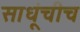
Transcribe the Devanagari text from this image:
साधूंचीच